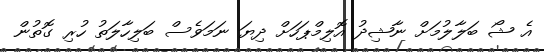
އެ ޝޯ ބަލާލުމަށް ނާޝިދު އޮލިމްޕަހަށް ދިޔަ ނަމަވެސް ބަލިހާލަތު ހުރި ގޮތުން